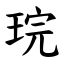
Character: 琓